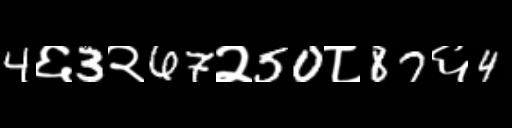
Text: 4६3२67२50८87६4